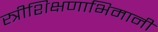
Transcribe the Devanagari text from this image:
स्त्रीशिक्षणाभिमानी